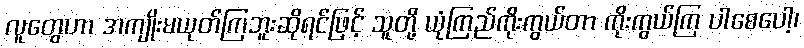
လူတွေဟာ အကျိုးမယုတ်ကြဘူးဆိုရင်ဖြင့် သူတို့ ယုံကြည်ကိုးကွယ်တာ ကိုးကွယ်ကြ ပါစေပေါ့၊